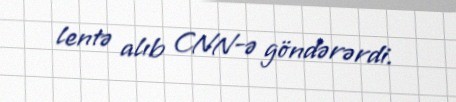
lentə alıb CNN-ə göndərərdi.